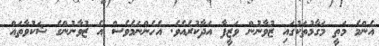
އެންމެ މަތީ މަގާމުތަކުގައި ޒުވާނުން ވަޒީފާ އަދާކުރެއެވެ. އެހެންނަމެވެސް އެ ޒުވާނުންގެ ޝަކުވާތައް